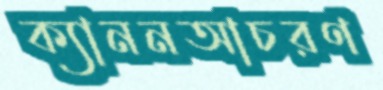
ক্যাননআচরণ